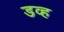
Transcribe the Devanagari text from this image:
डव्ह